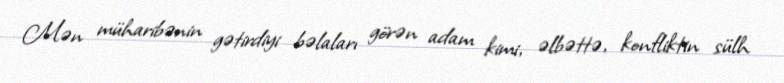
Mən müharibənin gətirdiyi bəlaları görən adam kimi, əlbəttə, konfliktin sülh